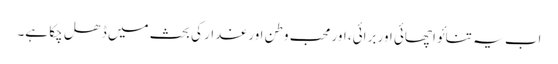
اب یہ تنائو اچھائی اور برائی، اور محب وطن اور غدار کی بحث میں ڈھل چکا ہے۔